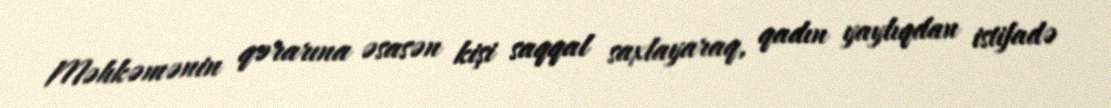
Məhkəmənin qərarına əsasən kişi saqqal saxlayaraq, qadın yaylıqdan istifadə